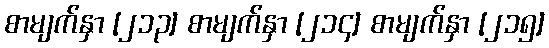
စာမျက်နှာ [၂၁၃] စာမျက်နှာ [၂၁၄] စာမျက်နှာ [၂၁၅]